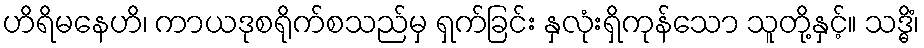
ဟိရိမနေဟိ၊ ကာယဒုစရိုက်စသည်မှ ရှက်ခြင်း နှလုံးရှိကုန်သော သူတို့နှင့်။ သဒ္ဓိံ၊